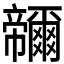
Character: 𭘽